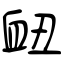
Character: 衄